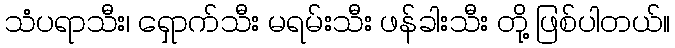
သံပရာသီး၊ ရှောက်သီး မရမ်းသီး ဖန်ခါးသီး တို့ ဖြစ်ပါတယ်။